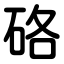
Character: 硌